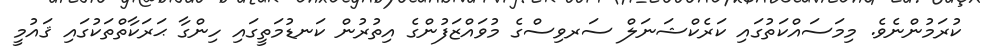
ކުރަމުންނެވެ. މިމަސައްކަތުގައި ކަރެކްޝަނަލް ސަރވިސްގެ މުވައްޒަފުންގެ އިތުރުން ކަނޑުމަތީގައި ހިންގާ ޙަރަކާތްތަކުގައި ޤައުމީ